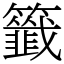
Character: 籤